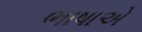
ભાષાએ